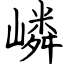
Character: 嶙